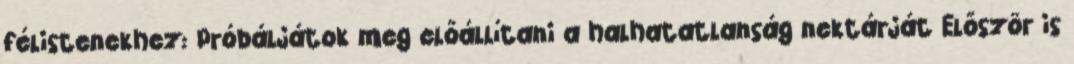
félistenekhez: Próbáljátok meg előállítani a halhatatlanság nektárját Először is